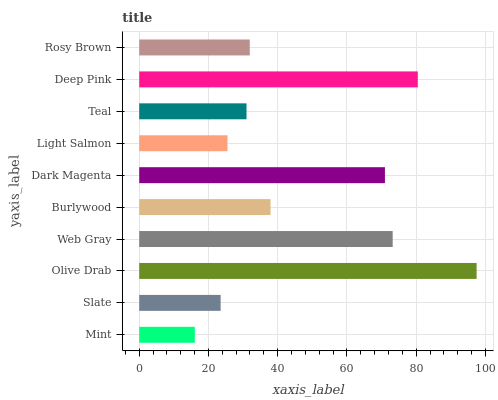
| yaxis_label | bars |
 | --- | --- |
 | Mint | 16.1 |
 | Slate | 23.5 |
 | Olive Drab | 97.5 |
 | Web Gray | 73.2 |
 | Burlywood | 37.9 |
 | Dark Magenta | 71 |
 | Light Salmon | 25.5 |
 | Teal | 31 |
 | Deep Pink | 80.5 |
 | Rosy Brown | 31.9 |